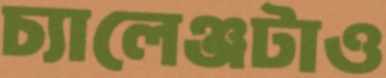
চ্যালেঞ্জটাও